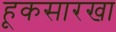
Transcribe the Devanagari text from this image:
हूकसारखा